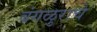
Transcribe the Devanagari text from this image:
बंगळुराचे